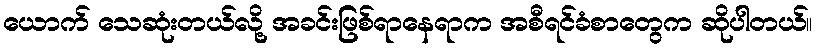
ယောက် သေဆုံးတယ်လို့ အခင်းဖြစ်ရာနေရာက အစီရင်ခံစာတွေက ဆိုပါတယ်။